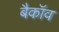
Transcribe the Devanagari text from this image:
बैकॉव